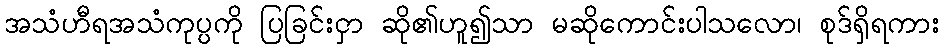
အသံဟီရအသံကုပ္ပကို ပြခြင်းငှာ ဆို၏ဟူ၍သာ မဆိုကောင်းပါသလော၊ စုဒ်ရှိရကား